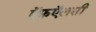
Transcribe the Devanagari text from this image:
ऍफ़ऍलसी